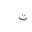
Letter: _ta